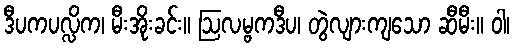
ဒီပကပလ္လိက၊ မီးအိုးခင်း။ ဩလမ္ဗကဒီပ၊ တွဲလျားကျသော ဆီမီး။ ဝါ၊